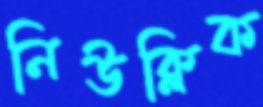
নিউক্লিক